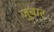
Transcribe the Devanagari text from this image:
जुबार